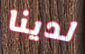
لدينا